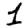
Digit: 1